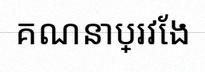
គណនាប្រវែង